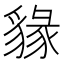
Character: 𧳩